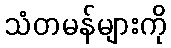
သံတမန်များကို